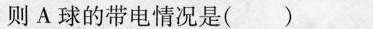
则A球的带电情况是( )